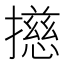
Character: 𢶴